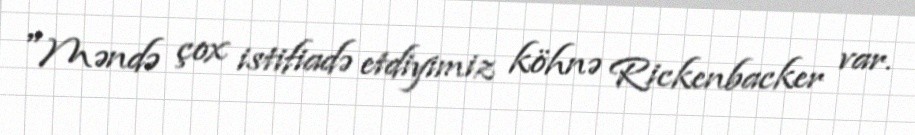
"Məndə çox istifiadə etdiyimiz köhnə Rickenbacker var.